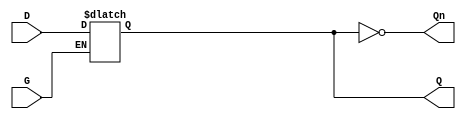
module GatedDLatch (
    input wire D,    // Data input
    input wire G,    // Gate (enable) input
    output reg Q,    // Output
    output wire Qn   // Complementary output
);

    // Complementary output
    assign Qn = ~Q;

    // Always block to implement the latch behavior
    always @(*) begin
        if (G) begin
            Q = D; // When G is high, Q follows D
        end
        // When G is low, Q retains its last value (no assignment needed)
    end

endmodule